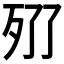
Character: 𣧓